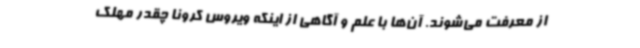
از معرفت می‌شوند. آن‌ها با علم و آگاهی از اینکه ویروس کرونا چقدر مهلک